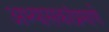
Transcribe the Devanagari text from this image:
अभ्यासकांप्रमाणे